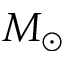
M _ { \odot }